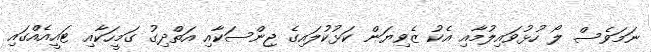
ނަމަވެސް ލޯ ހުޅުވައިލުމާއި އެކު ޒެވިޔަން ކަޅުކުލައިގެ ޖިންސަކާއި އަތްދިގު ގަމީހަކާއި ޓައީއެއްގައި